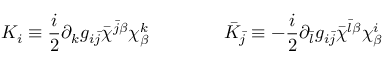
K _ { i } \equiv \frac { i } { 2 } \partial _ { k } g _ { i \bar { j } } \bar { \chi } ^ { \bar { j } \beta } \chi _ { \beta } ^ { k } \qquad \qquad \bar { K } _ { \bar { j } } \equiv - \frac { i } { 2 } \partial _ { \bar { l } } g _ { i \bar { j } } \bar { \chi } ^ { \bar { l } \beta } \chi _ { \beta } ^ { i }